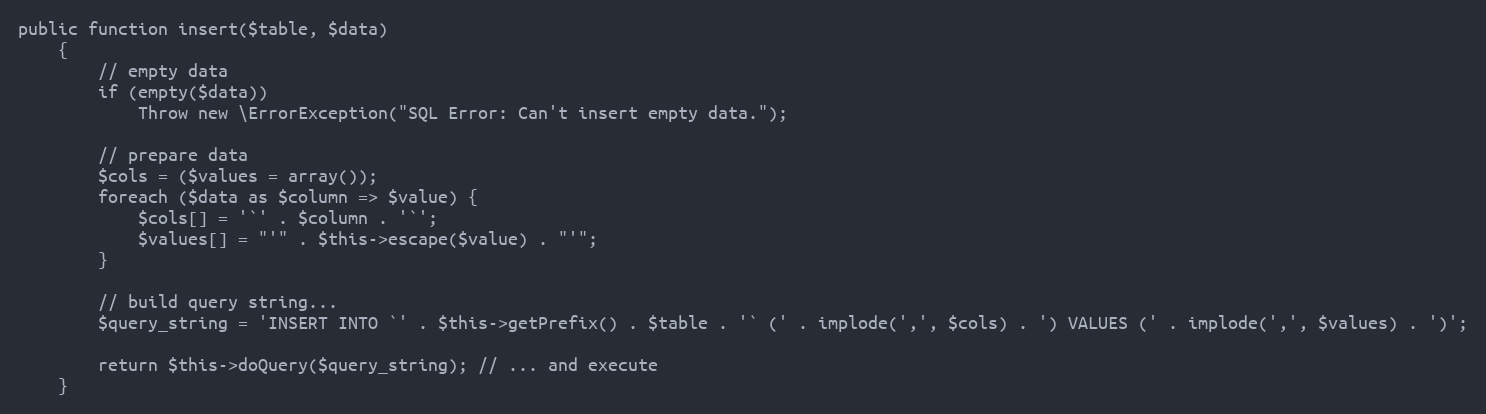
Language: PHP
public function insert($table, $data)
    {
        // empty data
        if (empty($data))
            Throw new \ErrorException("SQL Error: Can't insert empty data.");

        // prepare data
        $cols = ($values = array());
        foreach ($data as $column => $value) {
            $cols[] = '`' . $column . '`';
            $values[] = "'" . $this->escape($value) . "'";
        }

        // build query string...
        $query_string = 'INSERT INTO `' . $this->getPrefix() . $table . '` (' . implode(',', $cols) . ') VALUES (' . implode(',', $values) . ')';

        return $this->doQuery($query_string); // ... and execute
    }